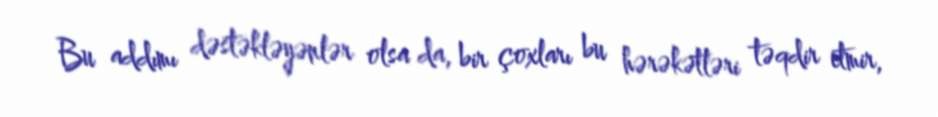
Bu addımı dəstəkləyənlər olsa da, bir çoxları bu hərəkətləri təqdir etmir,